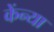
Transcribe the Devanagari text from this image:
केंन्या